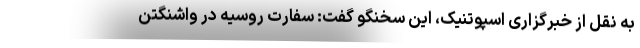
به نقل از خبرگزاری اسپوتنیک، این سخنگو گفت: سفارت روسیه در واشنگتن